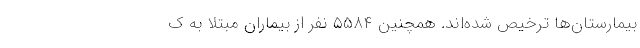
بیمارستان‌ها ترخیص شده‌اند. همچنین ۵۵۸۴ نفر از بیماران مبتلا به ک